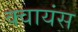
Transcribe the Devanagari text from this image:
क्वायंस